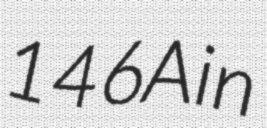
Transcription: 146A in